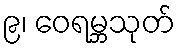
၉၊ ဝေရမ္ဘသုတ်